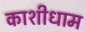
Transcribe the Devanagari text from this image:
काशीधाम